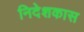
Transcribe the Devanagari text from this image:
निदेशकास